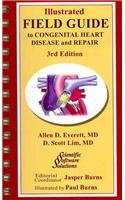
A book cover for Illustrated Field Guide to Congenital Heart Disease and Repair - Pocket Sized; Allen D. Everett; Health, Fitness & Dieting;